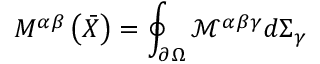
M ^ { \alpha \beta } \left( { \bar { X } } \right) = \oint _ { \partial \Omega } { \mathcal { M } } ^ { \alpha \beta \gamma } d \Sigma _ { \gamma }